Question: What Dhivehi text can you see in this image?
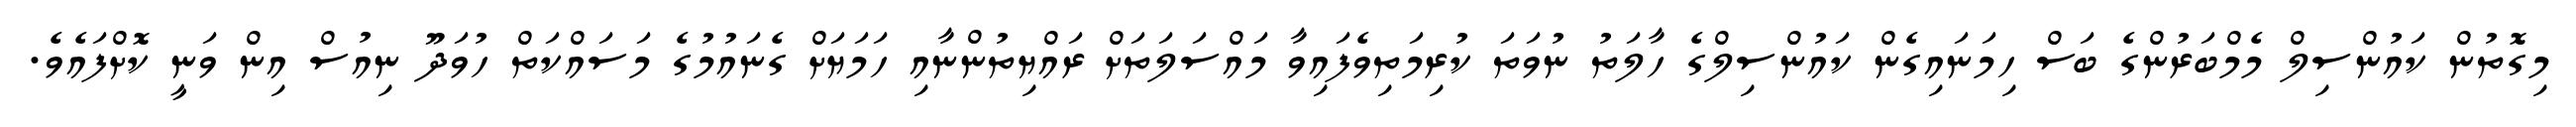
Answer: މިގޮތުން ކައުންސިލް މެމްބަރުންގެ ބަސް ހިމަނައިގެން ކައުންސިލްގެ ހާލަތު ނުވަތަ ކުރިމަތިވެފައިވާ މައްސަލަތަށް ރައްޔިތުންނާއި ހަމަޔަށް ގެނައުމުގެ މަސައްކަތް ހުވަދޫ ނިއުސް އިން ވަނީ ކޮށްފައެވެ.